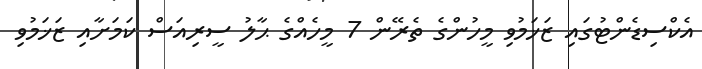
އެކްސިޑެންޓުގައި ޒަޚަމުވި މީހުންގެ ތެރޭން 7 މީހެއްގެ ޙާލު ސީރިއަސް ކަމަށާއި ޒަޚަމުވި